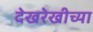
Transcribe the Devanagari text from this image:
देखरेखीच्या